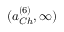
( a _ { C h } ^ { ( 6 ) } , \infty )